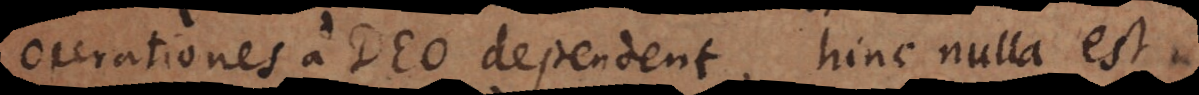
operationes a Deo dependent, hinc nulla est